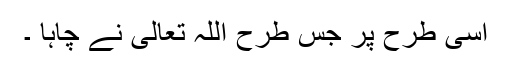
اسی طرح پر جس طرح اللہ تعالیٰ نے چاہا ۔